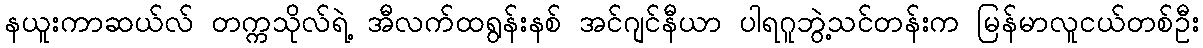
နယူးကာဆယ်လ် တက္ကသိုလ်ရဲ့ အီလက်ထရွန်းနစ် အင်ဂျင်နီယာ ပါရဂူဘွဲ့သင်တန်းက မြန်မာလူငယ်တစ်ဦး